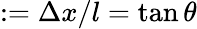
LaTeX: :=\Delta x/l=\tan\theta